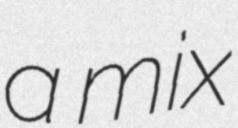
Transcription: a mix